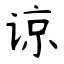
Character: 谅